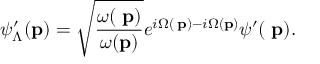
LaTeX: \psi _ { \Lambda } ^ { \prime } ( { \bf p } ) = \sqrt { \frac { \omega ( { { \bf \Lambda p } } ) } { \omega ( { \bf p } ) } } e ^ { i \Omega ( { \bf \Lambda p } ) - i \Omega ( { \bf p } ) } \psi ^ { \prime } ( { \bf \Lambda p } ) .